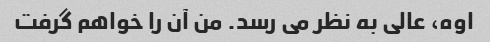
اوه، عالی به نظر می رسد. من آن را خواهم گرفت